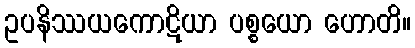
ဥပနိဿယကောဋိယာ ပစ္စယော ဟောတိ။